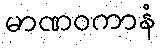
မာဏဝကာနံ